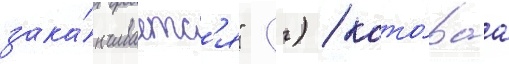
зака́нчиваетс'я" (-) / кото́раа